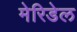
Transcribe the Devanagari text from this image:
मेरिडेल